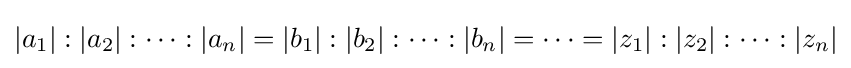
|a_{1}|:|a_{2}|:\cdots :|a_{n}|=|b_{1}|:|b_{2}|:\cdots :|b_{n}|=\cdots =|z_{1}|:|z_{2}|:\cdots :|z_{n}|